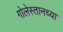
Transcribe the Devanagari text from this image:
गोलेस्तानच्या